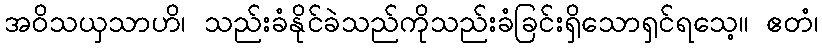
အဝိသယှသာဟိ၊ သည်းခံနိုင်ခဲသည်ကိုသည်းခံခြင်းရှိသောရှင်ရသေ့။ ဧတံ၊